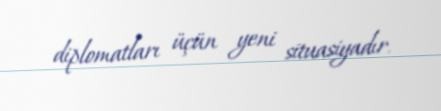
diplomatları üçün yeni situasiyadır.